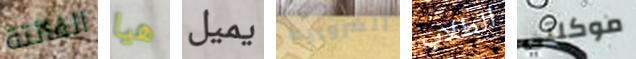
الفائتة هيا يميل الضرورية الطلاب موكلتي